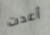
أعدت